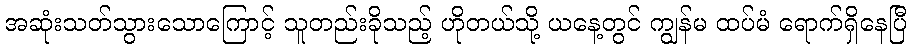
အဆုံးသတ်သွားသောကြောင့် သူတည်းခိုသည့် ဟိုတယ်သို့ ယနေ့တွင် ကျွန်မ ထပ်မံ ရောက်ရှိနေပြီ